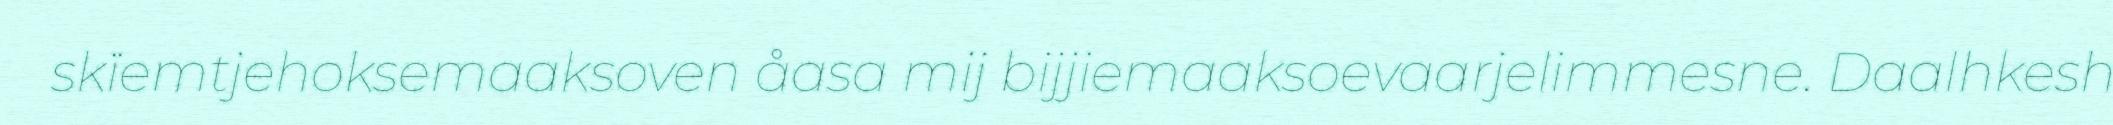
skïemtjehoksemaaksoven åasa mij bijjiemaaksoevaarjelimmesne. Daalhkesh